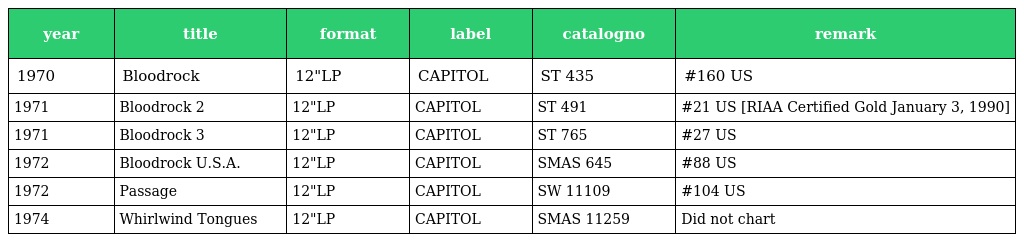
| year | title | format | label | catalogno | remark |
 | --- | --- | --- | --- | --- | --- |
 | 1970 | Bloodrock | 12"LP | CAPITOL | ST 435 | #160 US |
 | 1971 | Bloodrock 2 | 12"LP | CAPITOL | ST 491 | #21 US [RIAA Certified Gold January 3, 1990] |
 | 1971 | Bloodrock 3 | 12"LP | CAPITOL | ST 765 | #27 US |
 | 1972 | Bloodrock U.S.A. | 12"LP | CAPITOL | SMAS 645 | #88 US |
 | 1972 | Passage | 12"LP | CAPITOL | SW 11109 | #104 US |
 | 1974 | Whirlwind Tongues | 12"LP | CAPITOL | SMAS 11259 | Did not chart |